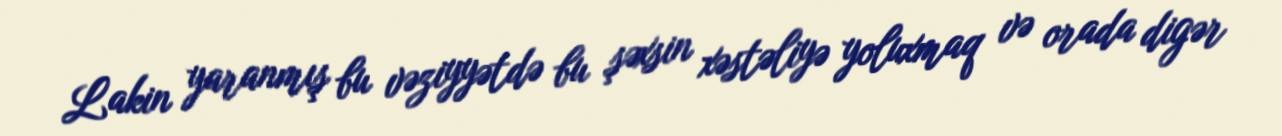
Lakin yaranmış bu vəziyyətdə bu şəxsin xəstəliyə yoluxmaq və orada digər